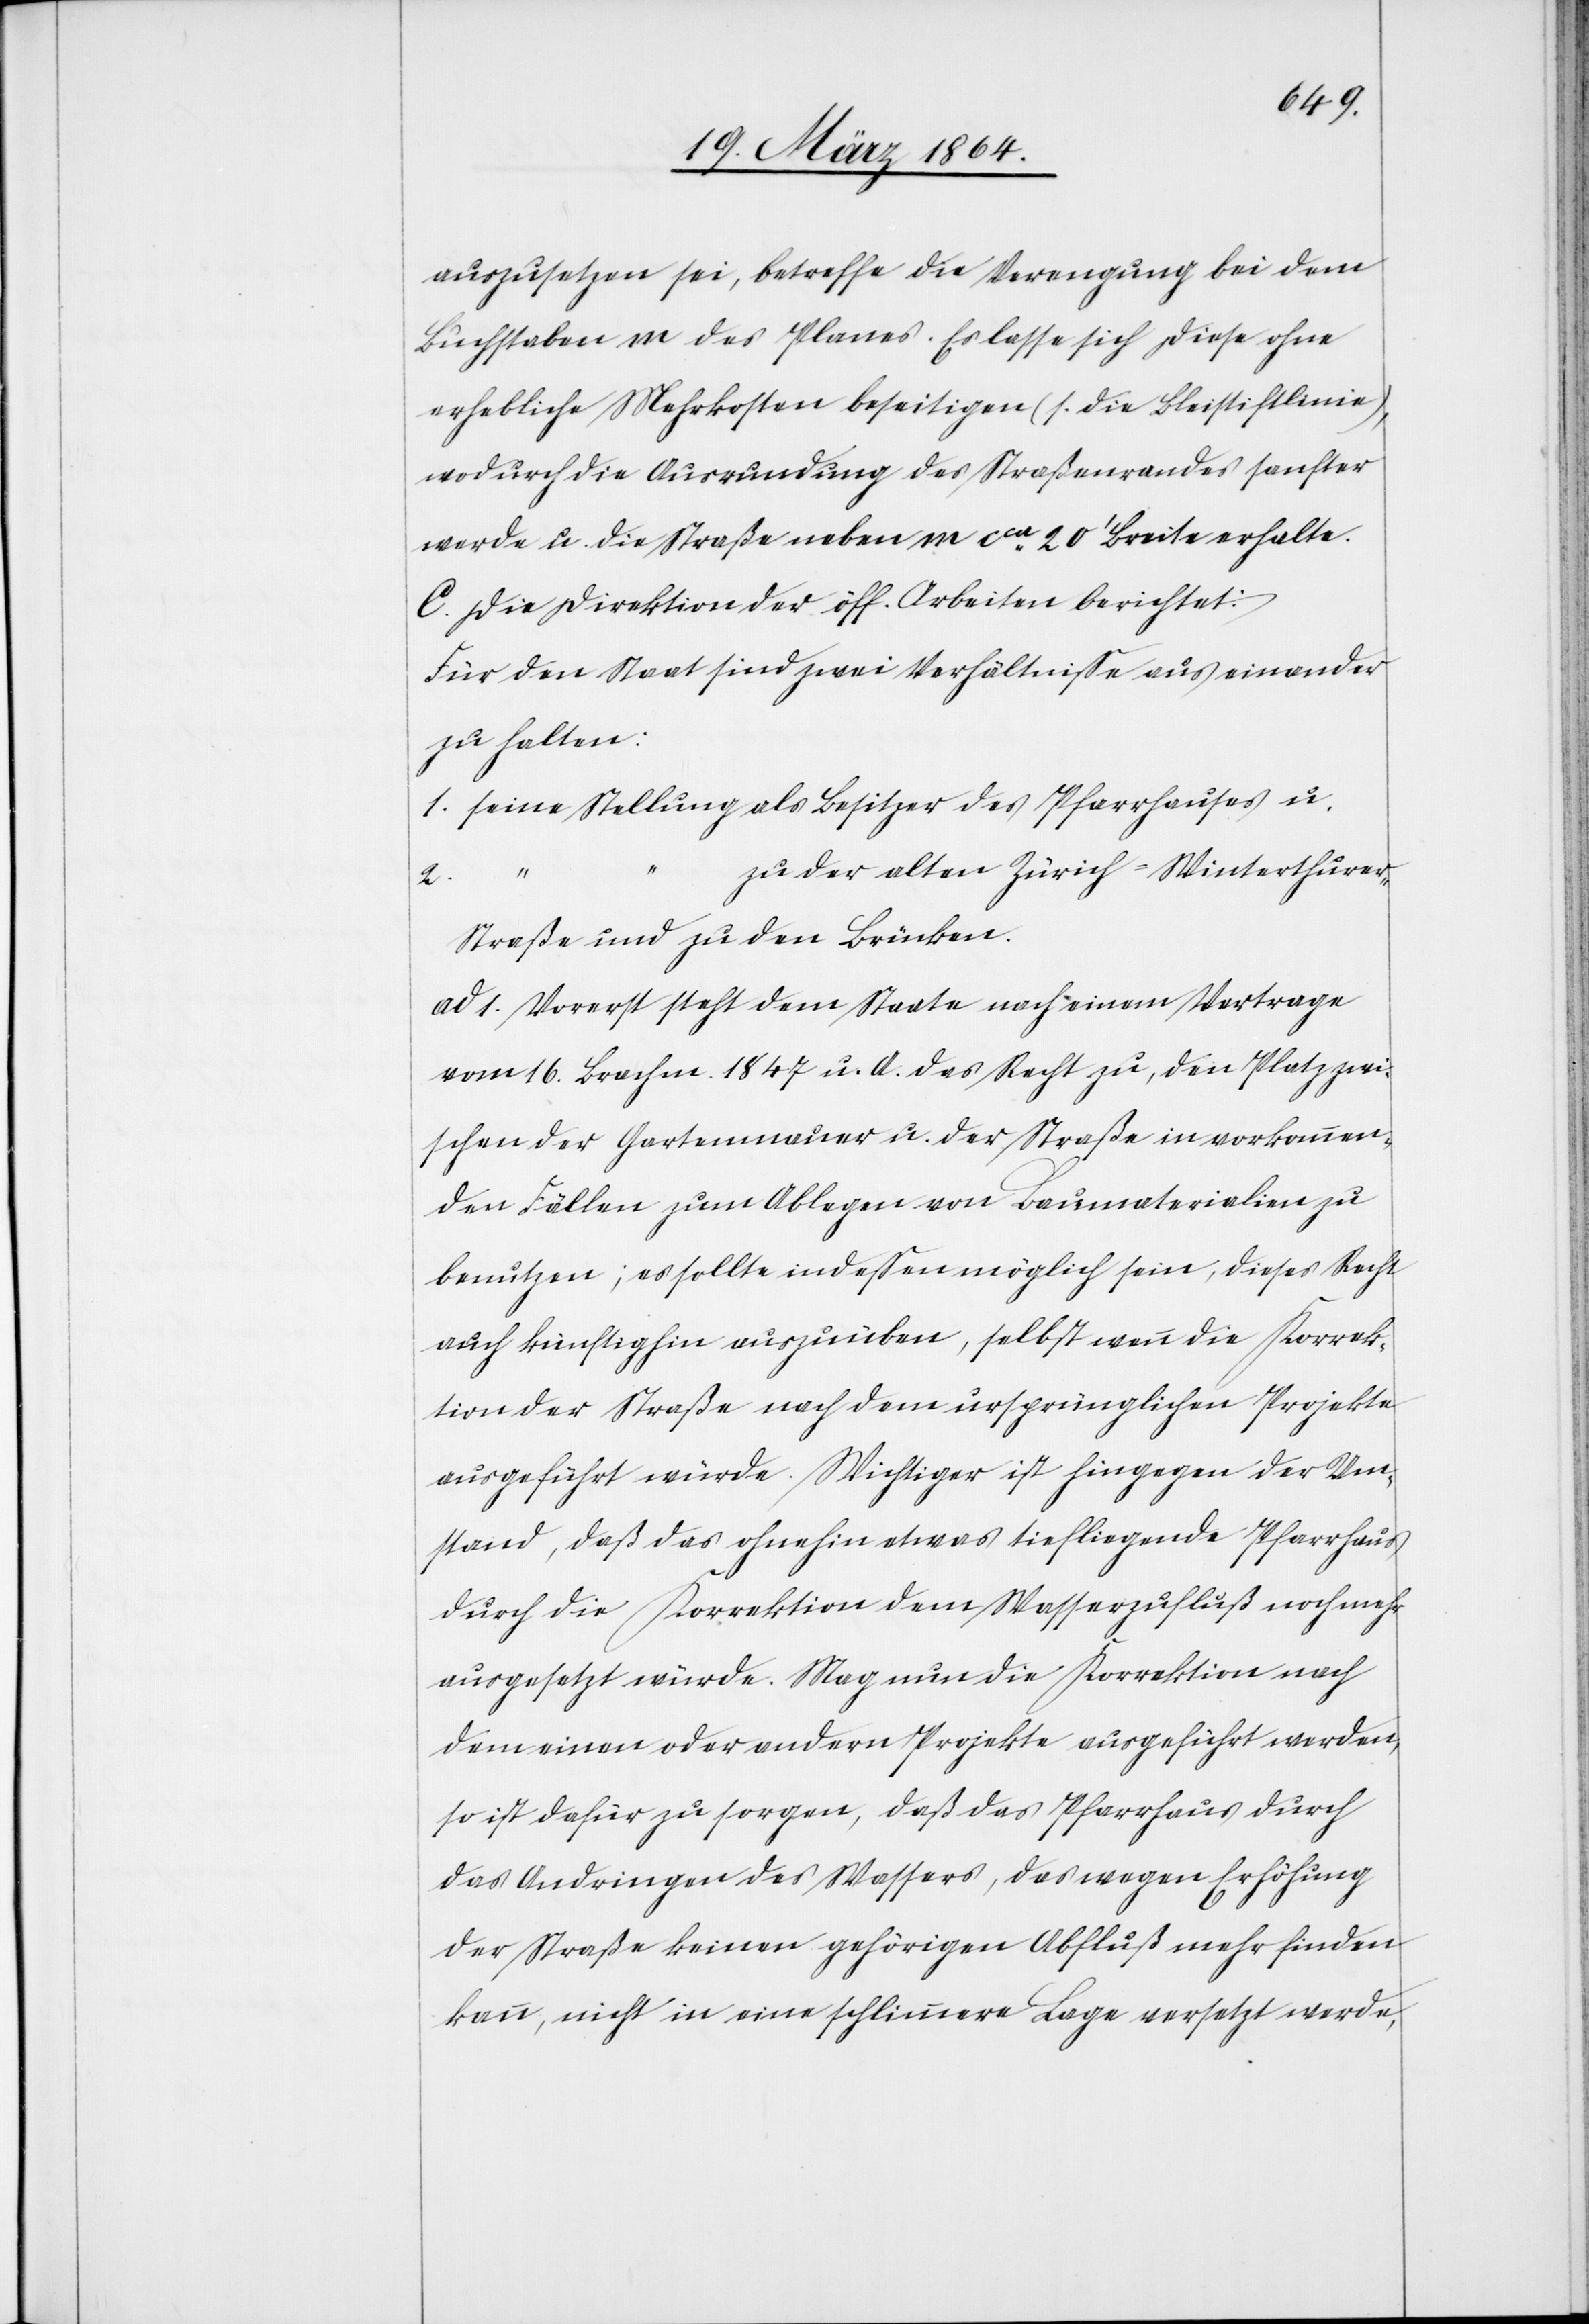
auszusetzen sei, betreffe die Verengung bei dem
Buchstaben m des Planes. Es lasse sich diese ohne
erhebliche Mehrkosten beseitigen (s. die Bleistiftlinie),
wodurch die Ausrundung des Straßenrandes sanfter
werde u. die Straße neben m cca 20’ Breite erhalte.
C. Die Direktion der öff. Arbeiten berichtet:
Für den Staat sind zwei Verhältnisse aus einander
zu halten:
1. seine Stellung als Besitzer des Pfarrhauses u.
2.
zu der alten Zürich–Winterthure¬
r-Straße und zu den Brücken.
ad 1. Vorerst steht dem Staate nach einem Vertrage
vom 16. Brachm. 1847 u. A. das Recht zu, den Platz zwi¬
schen der Gartenmauer u. der Straße in vorkommen¬
den Fällen zum Ablegen von Baumaterialien zu
benutzen; es sollte indessen möglich sein, dieses Recht
auch künftighin auszuüben, selbst wenn die Korrek¬
tion der Straße nach dem ursprünglichen Projekte
ausgeführt würde. Wichtiger ist hingegen der Um¬
stand, daß das ohnehin etwas tiefliegende Pfarrhaus
durch die Korrektion dem Wasserzufluß noch mehr
ausgesetzt würde. Mag nun die Korrektion nach
dem einen oder andern Projekte ausgeführt werden,
so ist dafür zu sorgen, daß das Pfarrhaus durch
das Andringen des Wassers, das wegen Erhöhung
der Straße keinen gehörigen Abfluß mehr finden
kann, nicht in eine schlimmere Lage versetzt werde,